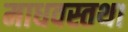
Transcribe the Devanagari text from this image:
माधवस्तथा